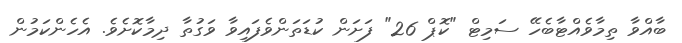
ބާއްވާ ތިމާވެއްޓާބެހޭ ސަމިޓް "ކޮޕް 26" ފަށަން ކުޑަތަންވެފައިވާ ވަގުތާ ދިމާކޮށެވެ. އެހެންކަމުން